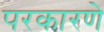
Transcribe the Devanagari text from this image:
परकारणे